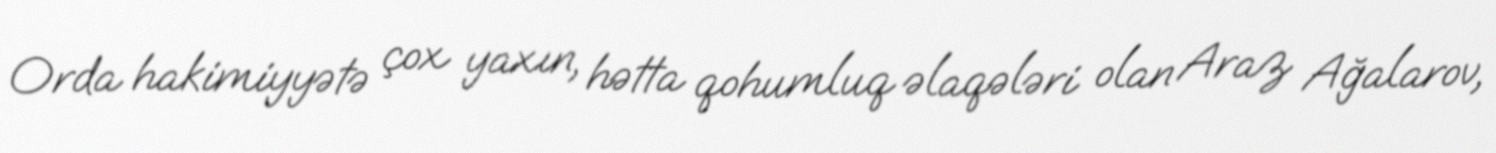
Orda hakimiyyətə çox yaxın, hətta qohumluq əlaqələri olan Araz Ağalarov,